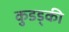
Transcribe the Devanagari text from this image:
कुडड्की